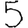
Digit: 5